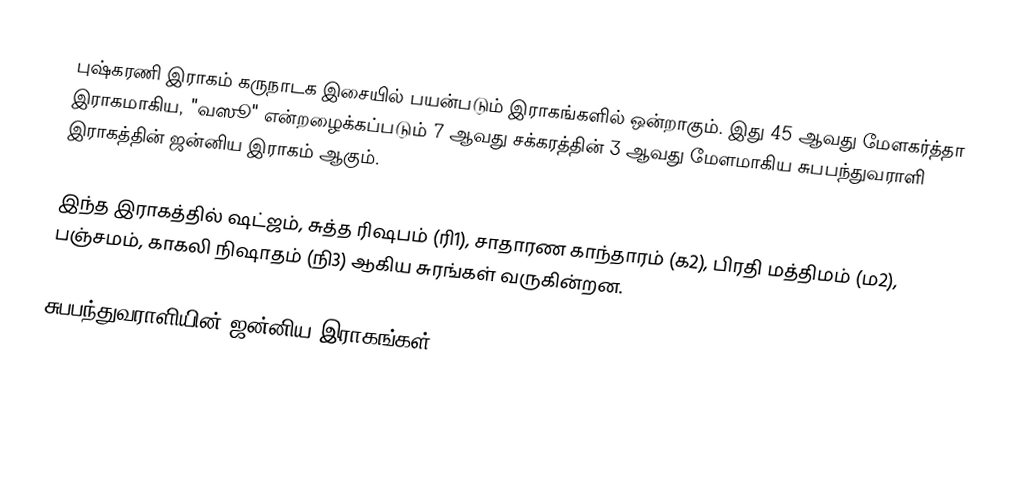
புஷ்கரணி இராகம் கருநாடக இசையில் பயன்படும் இராகங்களில் ஒன்றாகும். இது 45 ஆவது மேளகர்த்தா இராகமாகிய, "வஸூ" என்றழைக்கப்படும் 7 ஆவது சக்கரத்தின் 3 ஆவது மேளமாகிய சுபபந்துவராளி இராகத்தின் ஜன்னிய இராகம் ஆகும்.

இந்த இராகத்தில் ஷட்ஜம், சுத்த ரிஷபம் (ரி1), சாதாரண காந்தாரம் (க2), பிரதி மத்திமம் (ம2), பஞ்சமம், காகலி நிஷாதம் (நி3) ஆகிய சுரங்கள் வருகின்றன.

சுபபந்துவராளியின் ஜன்னிய இராகங்கள்